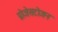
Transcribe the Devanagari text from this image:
प्रोजेसटोजन